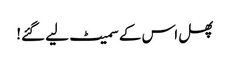
پھل اس کے سمیٹ لیے گئے!